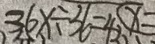
3 6 x \div 3 6 = 4 2 x =